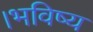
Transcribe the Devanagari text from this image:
।भविष्य